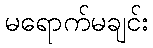
မရောက်မချင်း